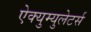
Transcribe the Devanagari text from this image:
ऐक्युम्युलेटर्स